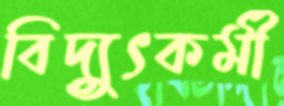
বিদ্যুৎকর্মী